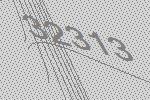
32313